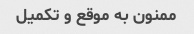
ممنون به موقع و تکمیل